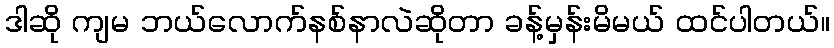
ဒါဆို ကျမ ဘယ်လောက်နစ်နာလဲဆိုတာ ခန့်မှန်းမိမယ် ထင်ပါတယ်။